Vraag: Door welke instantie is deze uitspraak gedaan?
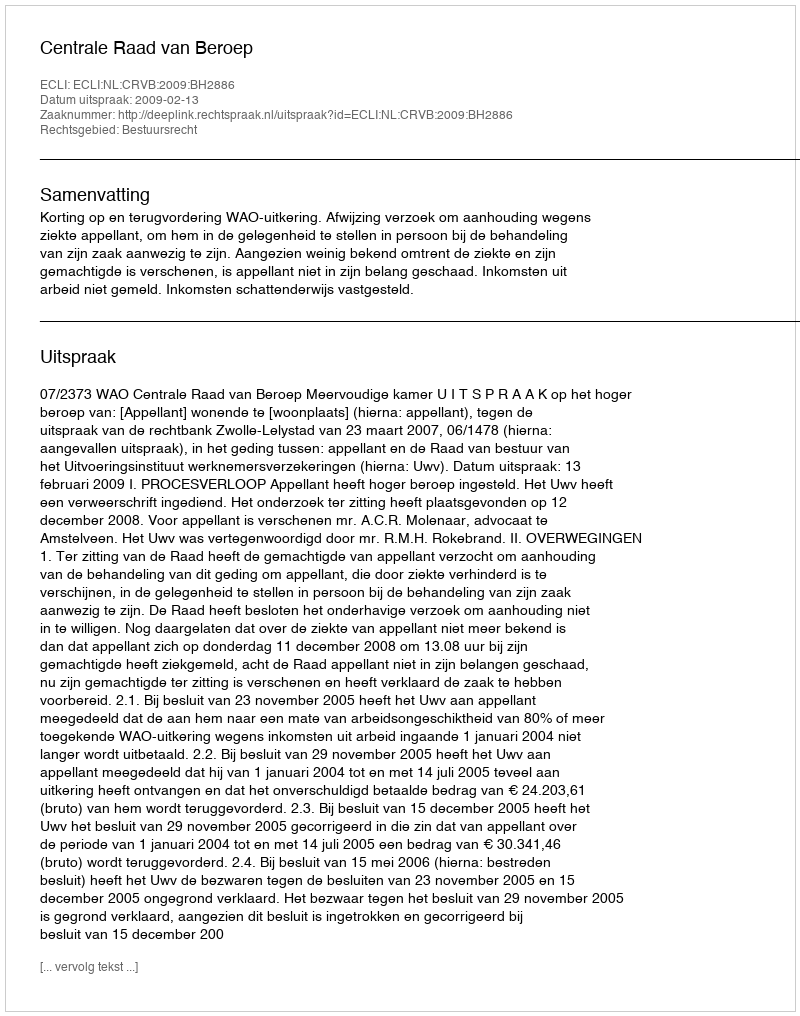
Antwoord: Centrale Raad van Beroep